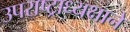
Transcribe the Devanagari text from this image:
उपराष्ट्राध्यक्षाने